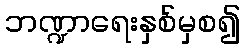
ဘဏ္ဍာရေးနှစ်မှစ၍